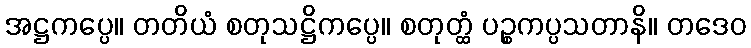
အဋ္ဌကပ္ပေ။ တတိယံ စတုသဋ္ဌိကပ္ပေ။ စတုတ္ထံ ပဉ္စကပ္ပသတာနိ။ တဒေဝ